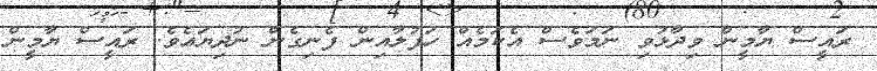
ރައީސް ޔާމީން ވިދާޅުވި ނަމަވެސް އެކަމެއް ހަފުލާއިން ފެނިގެން ނުދިޔައެވެ. ރައީސް ޔާމީން